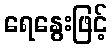
ရေနွေးဖြင့်